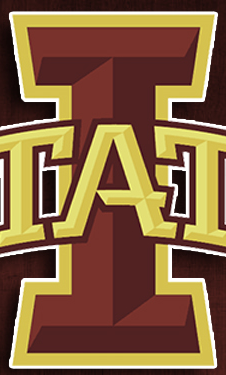
I